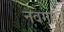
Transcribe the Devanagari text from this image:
नवगम